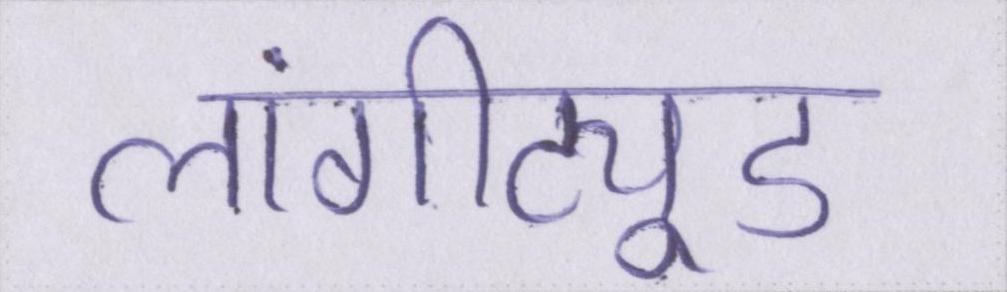
लांगीट्यूड